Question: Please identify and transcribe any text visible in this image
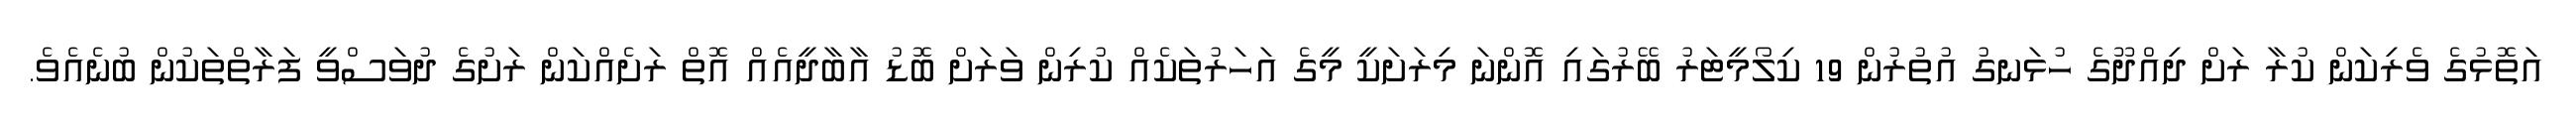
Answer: އަތޮޅުގެ ވެރިކަން ކުރާ ރަށް ދިއްދޫގެ ހުޅަނގު އުތުރުން 19 ކިލޯމީޓަރު ބޭރުގައި އޮންނަ މިރަށަކީ މީގެ އަހަރުތަކެއް ކުރިން ވަރަށް ބޮޑު އާބާދީއެއް އޮތް ރަށެއްކަން ރަށުގެ ދުވަސްވީ ފަރާތްތަކުން ބުނެއެވެ.